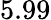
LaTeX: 5.99